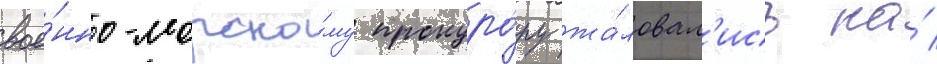
вое́нно-морско́му прокуро́ру жа́ловал'ись на́